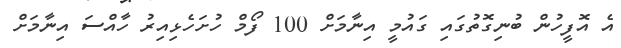
އެ އޮފީހުން ބުނިގޮތުގައި ގައުމީ އިނާމަށް 100 ފޯމް ހުށަހެޅިއިރު ހާއްސަ އިނާމަށް